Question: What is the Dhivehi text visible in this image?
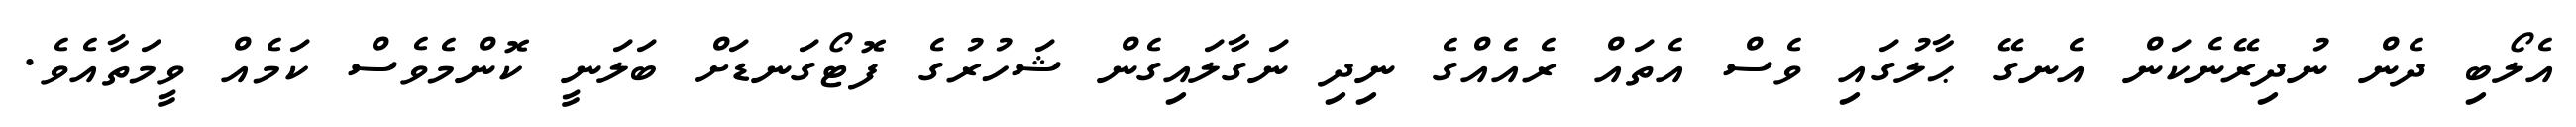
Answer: އެލޯބި ދެން ނުދިރޭނެކަން އެނގޭ ޙާލުގައި ވެސް އެތައް ރެއެއްގެ ނިދި ނަގާލައިގެން ޝަހުރުގެ ފޮޓޯގަނޑަށް ބަލަނީ ކޮންމެވެސް ކަމެއް ވީމަތާއެވެ.